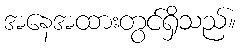
အနေအထားတွင်ရှိသည်။